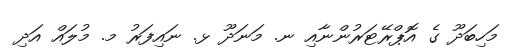
މަހިބަދޫ ގެ އޮޕްރޭޓަރުންނާއި ނ. މަނަދޫ ޅ. ނައިފަރު މ. މުލައް އަދި